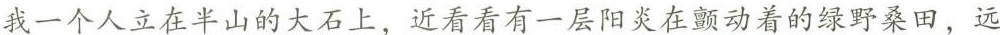
我一个人立在半山的大石上，近看看有一层阳光在颤动着的绿野桑田，远